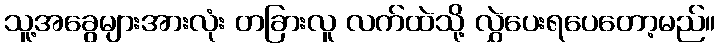
သူ့အခွေများအားလုံး တခြားလူ လက်ထဲသို့ လွှဲပေးရပေတော့မည်။